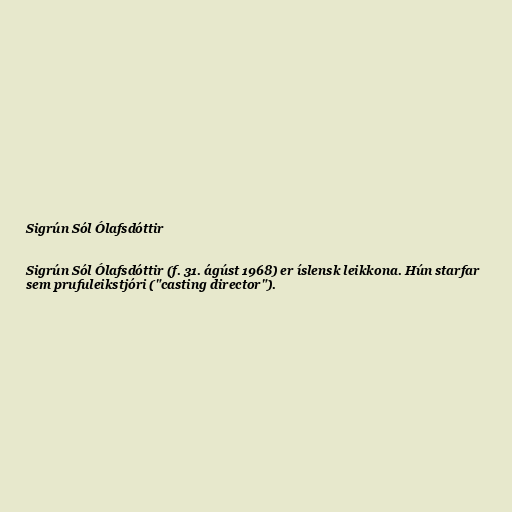
Sigrún Sól Ólafsdóttir

Sigrún Sól Ólafsdóttir (f. 31. ágúst 1968) er íslensk leikkona. Hún starfar
sem prufuleikstjóri ("casting director").